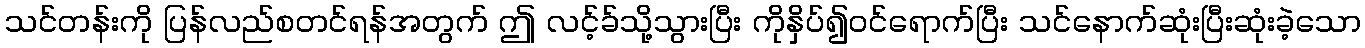
သင်တန်းကို ပြန်လည်စတင်ရန်အတွက် ဤ လင့်ခ်သို့သွားပြီး ကိုနှိပ်၍ဝင်ရောက်ပြီး သင်နောက်ဆုံးပြီးဆုံးခဲ့သော